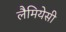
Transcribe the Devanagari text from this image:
लैमियेसी